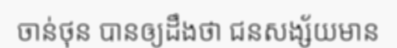
ចាន់ថុន បានឲ្យដឹងថា ជនសង្ស័យមាន